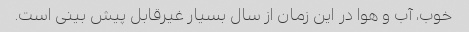
خوب، آب و هوا در این زمان از سال بسیار غیرقابل پیش بینی است.